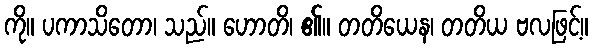
ကို။ ပကာသိတော၊ သည်။ ဟောတိ၊ ၏။ တတိယေန၊ တတိယ ဗလဖြင့်။